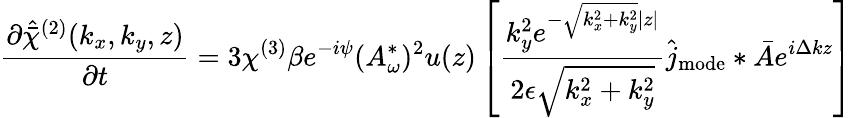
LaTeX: \frac{\partial\hat{\bar{\chi}}^{(2)}(k_{x},k_{y},z)}{\partial t}=3\chi^{(3)}\beta e^{-i\psi}(A_{\omega}^{*})^{2}u(z)\left[\frac{k_{y}^{2}e^{-\sqrt{k_{x}^{2}+k_{y}^{2}}|z|}}{2\epsilon\sqrt{k_{x}^{2}+k_{y}^{2}}}\hat{j}_{\mathrm{mode}}\ast\bar{A}e^{i\Delta kz}\right]